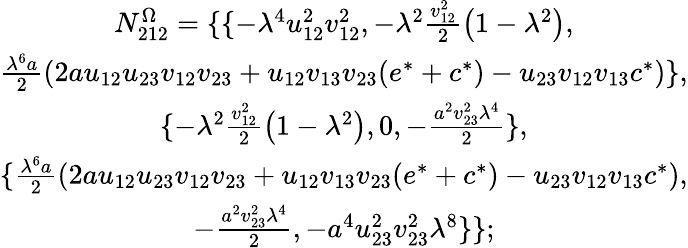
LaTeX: \begin{array}{c}{{N_{212}^{\Omega}=\{ \{ -\lambda^{4}u_{12}^{2}v_{12}^{2},-\lambda^{2}\frac{v_{12}^{2}}2\left(1-\lambda^{2}\right),}}\\ {{\frac{\lambda^{6}a}{2}\left(2au_{12}u_{23}v_{12}v_{23}+u_{12}v_{13}v_{23}(e^{*}+c^{*})-u_{23}v_{12}v_{13}c^{*}\right)\} ,}}\\ {{\{ -\lambda^{2}\frac{v_{12}^{2}}2\left(1-\lambda^{2}\right),0,-\frac{a^{2}v_{23}^{2}\lambda^{4}}2\} ,}}\\ {{\{ \frac{\lambda^{6}a}{2}\left(2au_{12}u_{23}v_{12}v_{23}+u_{12}v_{13}v_{23}(e^{*}+c^{*})-u_{23}v_{12}v_{13}c^{*}\right),}}\\ {{-\frac{a^{2}v_{23}^{2}\lambda^{4}}2,-a^{4}u_{23}^{2}v_{23}^{2}\lambda^{8}\} \} ;}}\end{array}